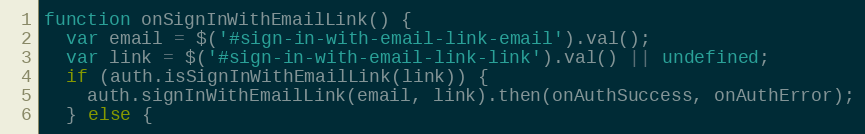
Language: JavaScript
function onSignInWithEmailLink() {
  var email = $('#sign-in-with-email-link-email').val();
  var link = $('#sign-in-with-email-link-link').val() || undefined;
  if (auth.isSignInWithEmailLink(link)) {
    auth.signInWithEmailLink(email, link).then(onAuthSuccess, onAuthError);
  } else {